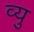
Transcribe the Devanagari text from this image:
व्यु